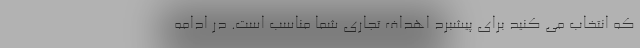
که انتخاب می کنید برای پیشبرد اهداف تجاری شما مناسب است. در ادامه